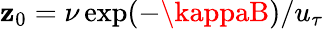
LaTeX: \mathbf{z}_{0}=\nu\exp(-\kappaB)/u_{\tau}